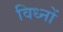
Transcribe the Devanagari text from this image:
विध्नों